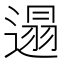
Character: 遢